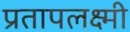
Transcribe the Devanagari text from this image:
प्रतापलक्ष्मी